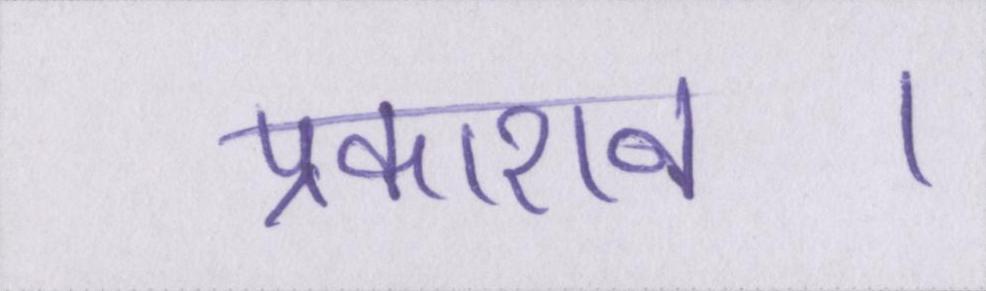
प्रकाशन।